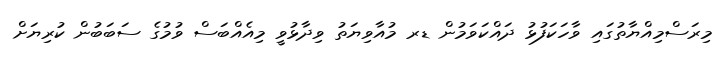
މިރަސްމިއްޔާތުގައި ވާހަކަފުޅު ދައްކަވަމުން ޑރ މުއާވިޔަތު ވިދާޅުވީ މިއެއްބަސް ވުމުގެ ސަބަބުން ކުރިޔަށް